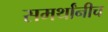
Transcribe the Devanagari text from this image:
समर्थांनीच